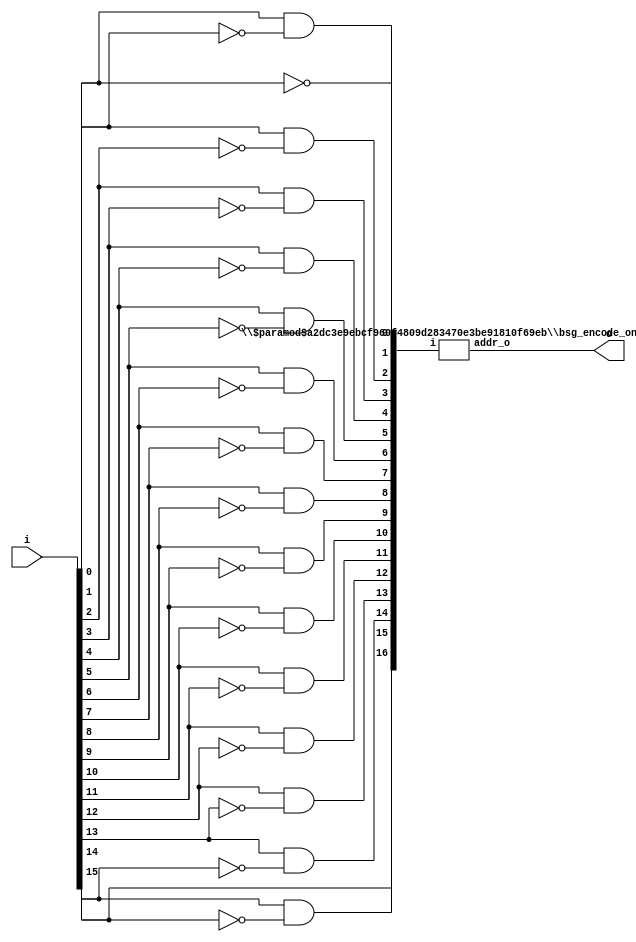
/* Generated by Yosys 0.27+9 (git sha1 101d19bb6, gcc 11.2.0-7ubuntu2 -fPIC -Os) */


module \$paramod$a2dc3e9ebcf960f4809d283470e3be91810f69eb\bsg_encode_one_hot (i, addr_o, v_o);
  wire _00_;
  wire _01_;
  wire _02_;
  wire _03_;
  wire _04_;
  wire _05_;
  wire _06_;
  wire _07_;
  wire _08_;
  wire _09_;
  wire _10_;
  wire _11_;
  wire _12_;
  wire _13_;
  wire _14_;
  wire _15_;
  wire _16_;
  wire _17_;
  wire _18_;
  wire _19_;
  wire _20_;
  wire _21_;
  (* unused_bits = "64 65 68 69 72 73 76 77 96 97 98 104 105 106" *)
  wire [164:0] addr;
  
  output [4:0] addr_o;
  wire [4:0] addr_o;
  
  input [16:0] i;
  wire [16:0] i;
  
  wire [1:0] \rof[1].rof1[0].vs ;
  
  wire [1:0] \rof[1].rof1[10].vs ;
  
  wire [1:0] \rof[1].rof1[11].vs ;
  
  wire [1:0] \rof[1].rof1[12].vs ;
  
  wire [1:0] \rof[1].rof1[13].vs ;
  
  wire [1:0] \rof[1].rof1[14].vs ;
  
  wire [1:0] \rof[1].rof1[15].vs ;
  
  wire [1:0] \rof[1].rof1[1].vs ;
  
  wire [1:0] \rof[1].rof1[2].vs ;
  
  wire [1:0] \rof[1].rof1[3].vs ;
  
  wire [1:0] \rof[1].rof1[4].vs ;
  
  wire [1:0] \rof[1].rof1[5].vs ;
  
  wire [1:0] \rof[1].rof1[6].vs ;
  
  wire [1:0] \rof[1].rof1[7].vs ;
  wire \rof[1].rof1[8].vs ;
  
  wire [1:0] \rof[1].rof1[9].vs ;
  
  (* unused_bits = "1" *)
  wire [1:0] \rof[2].rof1[0].vs ;
  
  (* unused_bits = "1" *)
  wire [1:0] \rof[2].rof1[1].vs ;
  
  (* unused_bits = "1" *)
  wire [1:0] \rof[2].rof1[2].vs ;
  
  (* unused_bits = "1" *)
  wire [1:0] \rof[2].rof1[3].vs ;
  wire \rof[2].rof1[4].vs ;
  
  wire [1:0] \rof[2].rof1[5].vs ;
  
  wire [1:0] \rof[2].rof1[6].vs ;
  
  wire [1:0] \rof[2].rof1[7].vs ;
  
  (* unused_bits = "1" *)
  wire [1:0] \rof[3].rof1[0].vs ;
  
  (* unused_bits = "1" *)
  wire [1:0] \rof[3].rof1[1].vs ;
  wire \rof[3].rof1[2].vs ;
  
  wire [1:0] \rof[3].rof1[3].vs ;
  
  wire [1:0] \rof[4].rof1[0].vs ;
  wire \rof[4].rof1[1].vs ;
  
  wire [1:0] \rof[5].rof1[0].vs ;
  (* unused_bits = "34 38 42 46 68 76" *)
  wire [160:0] v;
  
  output v_o;
  wire v_o;
  assign _00_ = i[9] | i[8];
  assign _01_ = i[11] | i[10];
  assign _02_ = _01_ | _00_;
  assign _03_ = i[13] | i[12];
  assign _04_ = i[15] | i[14];
  assign _05_ = _04_ | _03_;
  assign addr_o[3] = _05_ | _02_;
  assign _06_ = i[1] | i[0];
  assign _07_ = i[3] | i[2];
  assign _08_ = _07_ | _06_;
  assign _09_ = i[5] | i[4];
  assign _10_ = i[7] | i[6];
  assign _11_ = _10_ | _09_;
  assign _12_ = _11_ | _08_;
  assign _13_ = _12_ | addr_o[3];
  assign v_o = _13_ | i[16];
  assign _14_ = i[3] | i[1];
  assign _15_ = i[7] | i[5];
  assign _16_ = _15_ | _14_;
  assign _17_ = i[11] | i[9];
  assign _18_ = i[15] | i[13];
  assign _19_ = _18_ | _17_;
  assign addr_o[0] = _19_ | _16_;
  assign _20_ = _10_ | _07_;
  assign _21_ = _04_ | _01_;
  assign addr_o[1] = _21_ | _20_;
  assign addr_o[2] = _11_ | _05_;
  assign { addr[164:107], addr[103:99], addr[95:78], addr[75:74], addr[71:70], addr[67:66], addr[63:0] } = { i[16], addr_o[3:0], 28'hxxx0xxx, addr_o[3:0], 67'bxxxxx000xxxxx000xxxxxxxxxxxx00xx00xx00xx00xxxxxxxxx0x0x0x0x0x0x0x0x, i[15], 1'h0, i[13], 1'h0, i[11], 1'h0, i[9], 1'h0, i[7], 1'h0, i[5], 1'h0, i[3], 1'h0, i[1], 32'h00000000 };
  assign addr_o[4] = i[16];
  assign \rof[1].rof1[0].vs  = i[1:0];
  assign \rof[1].rof1[10].vs  = 2'h0;
  assign \rof[1].rof1[11].vs  = 2'h0;
  assign \rof[1].rof1[12].vs  = 2'h0;
  assign \rof[1].rof1[13].vs  = 2'h0;
  assign \rof[1].rof1[14].vs  = 2'h0;
  assign \rof[1].rof1[15].vs  = 2'h0;
  assign \rof[1].rof1[1].vs  = i[3:2];
  assign \rof[1].rof1[2].vs  = i[5:4];
  assign \rof[1].rof1[3].vs  = i[7:6];
  assign \rof[1].rof1[4].vs  = i[9:8];
  assign \rof[1].rof1[5].vs  = i[11:10];
  assign \rof[1].rof1[6].vs  = i[13:12];
  assign \rof[1].rof1[7].vs  = i[15:14];
  assign \rof[1].rof1[8].vs  = i[16];
  assign \rof[1].rof1[9].vs  = 2'h0;
  assign \rof[2].rof1[0].vs  = { addr[65], 1'h0 };
  assign \rof[2].rof1[1].vs  = { addr[69], 1'h0 };
  assign \rof[2].rof1[2].vs  = { addr[73], 1'h0 };
  assign \rof[2].rof1[3].vs  = { addr[77], 1'h0 };
  assign \rof[2].rof1[4].vs  = i[16];
  assign \rof[2].rof1[5].vs  = 2'h0;
  assign \rof[2].rof1[6].vs  = 2'h0;
  assign \rof[2].rof1[7].vs  = 2'h0;
  assign \rof[3].rof1[0].vs  = { addr[98], 1'h0 };
  assign \rof[3].rof1[1].vs  = { addr[106], 1'h0 };
  assign \rof[3].rof1[2].vs  = i[16];
  assign \rof[3].rof1[3].vs  = 2'h0;
  assign \rof[4].rof1[0].vs  = { addr_o[3], 1'h0 };
  assign \rof[4].rof1[1].vs  = i[16];
  assign \rof[5].rof1[0].vs  = { i[16], 1'h0 };
  assign v = { v_o, 15'hxxxx, i[16], 31'bxxxxxxxxxxxxxxxxxxxxxxx0xxxxxxx, i[16], 7'hxx, addr_o[3], 23'bxxxxxxxxxxx0xxx0xxx0xxx, i[16], 3'hx, addr[106], 7'hxx, addr[98], 19'bxxxxx0x0x0x0x0x0x0x, i[16], 1'h0, addr[77], 3'hx, addr[73], 3'hx, addr[69], 3'hx, addr[65], 17'bxx000000000000000, i };
endmodule

(* top =  1  *)

module bsg_thermometer_count(i, o);
  
  wire [16:0] \big.one_hot ;
  
  input [15:0] i;
  wire [15:0] i;
  
  output [4:0] o;
  wire [4:0] o;
  assign \big.one_hot [0] = ~i[0];
  assign \big.one_hot [1] = i[0] & ~(i[1]);
  assign \big.one_hot [2] = i[1] & ~(i[2]);
  assign \big.one_hot [3] = i[2] & ~(i[3]);
  assign \big.one_hot [4] = i[3] & ~(i[4]);
  assign \big.one_hot [5] = i[4] & ~(i[5]);
  assign \big.one_hot [6] = i[5] & ~(i[6]);
  assign \big.one_hot [7] = i[6] & ~(i[7]);
  assign \big.one_hot [8] = i[7] & ~(i[8]);
  assign \big.one_hot [9] = i[8] & ~(i[9]);
  assign \big.one_hot [10] = i[9] & ~(i[10]);
  assign \big.one_hot [11] = i[10] & ~(i[11]);
  assign \big.one_hot [12] = i[11] & ~(i[12]);
  assign \big.one_hot [13] = i[12] & ~(i[13]);
  assign \big.one_hot [14] = i[13] & ~(i[14]);
  assign \big.one_hot [15] = i[14] & ~(i[15]);
  (* module_not_derived = 32'd1 *)
  
  \$paramod$a2dc3e9ebcf960f4809d283470e3be91810f69eb\bsg_encode_one_hot  \big.encode_one_hot  (
    .addr_o(o),
    .i({ i[15], \big.one_hot [15:0] })
  );
  assign \big.one_hot [16] = i[15];
endmodule